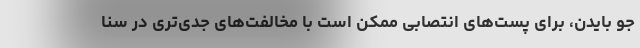
جو بایدن، برای پست‌های انتصابی ممکن است با مخالفت‌های جدی‌تری در سنا